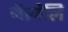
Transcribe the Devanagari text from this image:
नॆल्वेलि